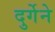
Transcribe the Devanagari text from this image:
दुर्गेने